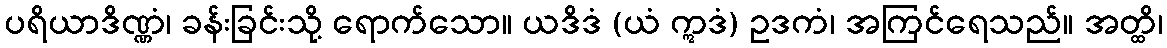
ပရိယာဒိဏ္ဏံ၊ ခန်းခြင်းသို့ ရောက်သော။ ယဒိဒံ (ယံ ဣဒံ) ဥဒကံ၊ အကြင်ရေသည်။ အတ္ထိ၊